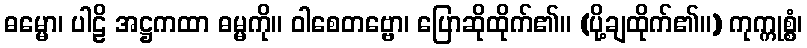
ဓမ္မော၊ ပါဠိ အဋ္ဌကထာ ဓမ္မကို။ ဝါစေတဗ္ဗော၊ ပြောဆိုထိုက်၏။ (ပို့ချထိုက်၏။) ကုက္ကုစ္စံ၊